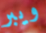
ويبر